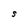
Character: S